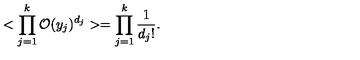
< \prod _ { j = 1 } ^ { k } { \cal O } ( y _ { j } ) ^ { d _ { j } } > = \prod _ { j = 1 } ^ { k } { \frac { 1 } { d _ { j } ! } } .